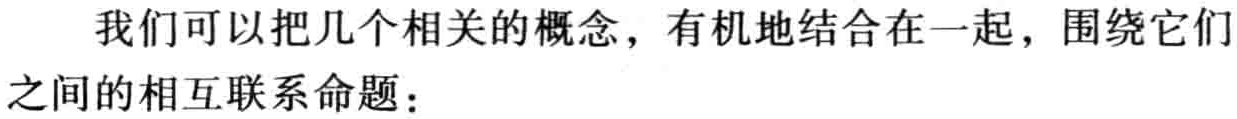
我们可以把几个相关的概念，有机地结合在一起，围绕它们之间的相互联系命题：